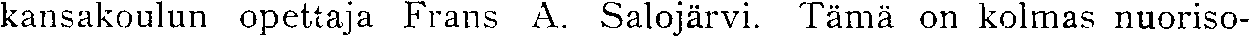
kansakoulun opettaja Frans A. Salojärvi. Tämä on kolmas nuoriso-